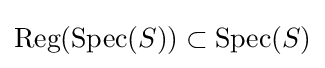
{\text{Reg}}({\text{Spec}}(S))\subset {\text{Spec}}(S)